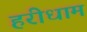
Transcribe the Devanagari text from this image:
हरीधाम